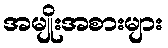
အမျိုးအစားများ